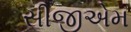
સીજીએમ